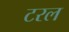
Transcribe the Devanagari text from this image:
टरल